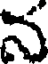
న